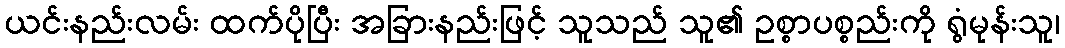
ယင်းနည်းလမ်း ထက်ပိုပြီး အခြားနည်းဖြင့် သူသည် သူ၏ ဥစ္စာပစ္စည်းကို ရွံမုန်းသူ၊